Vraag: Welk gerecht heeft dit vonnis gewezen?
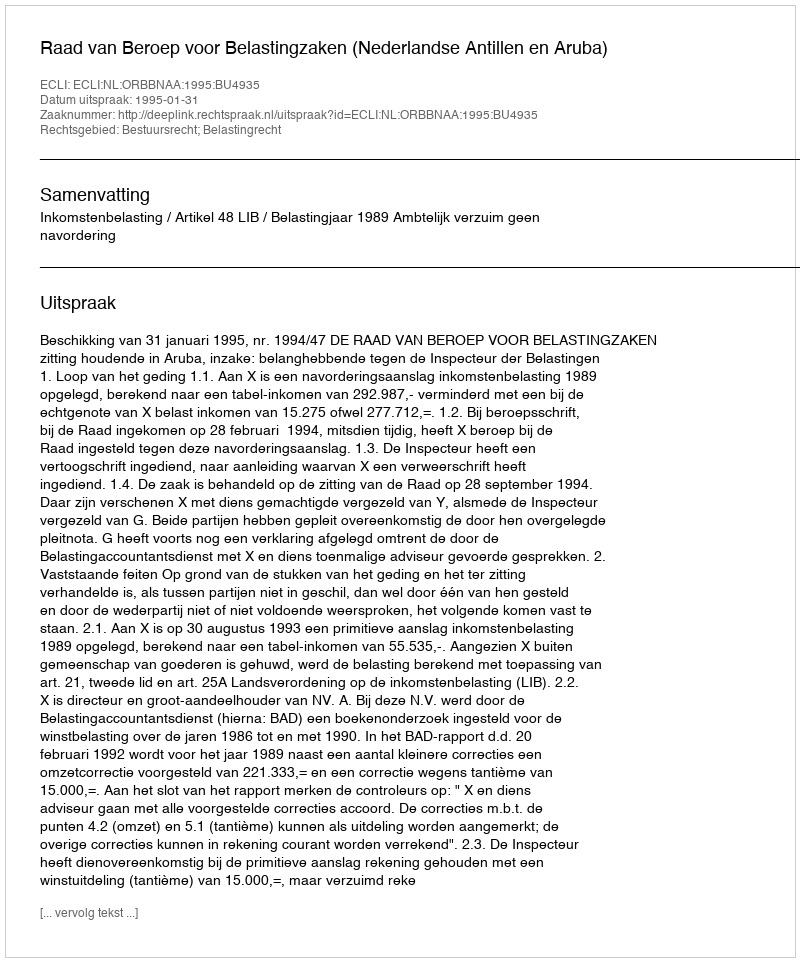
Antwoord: Raad van Beroep voor Belastingzaken (Nederlandse Antillen en Aruba)